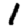
Digit: 1